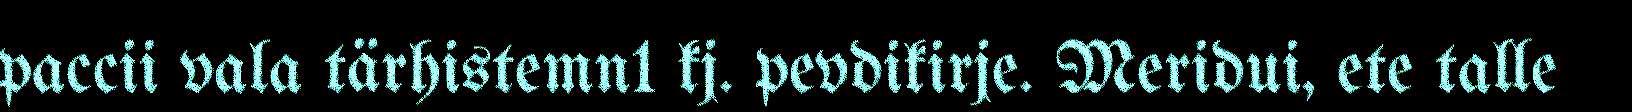
paccii vala tärhistemn1 kj. pevdikirje. Meridui, ete talle